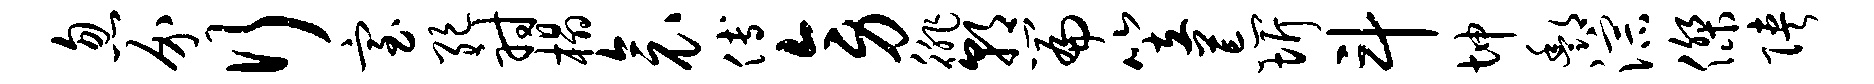
忽介行室绝射榻衾傅旁徘朝篇笠荒圻斗坤酆淙杰陕